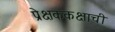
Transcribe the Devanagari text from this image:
प्रेक्षककक्षाची